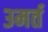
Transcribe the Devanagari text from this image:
३मर्त